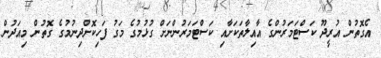
އެގޮތުން އުރީދޫ ކަސްޓަމަރުންގެ އާއިލާތަކަށާއި ކަސްޓަމަރުންނަށް ގުޅުމުގެ މަގު ފަހިކޮށްދިނުމުގެ ގޮތުން މިއަދުން